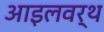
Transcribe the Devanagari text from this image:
आइलवर्थ